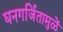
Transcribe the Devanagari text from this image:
घनगर्जितामुळें